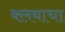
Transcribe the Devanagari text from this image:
क्लबाचा